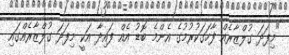
"މިފަދަ ގުލްޒާރެއް ފާހަގަކުރުމުގެ އެންމެ ބޮޑު އެއް ފައިދާ އަކީ މިފަދަ ގުލްޒާރެއްގައި